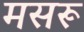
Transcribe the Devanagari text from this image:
मसरू